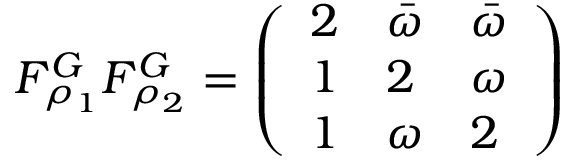
F _ { \rho _ { 1 } } ^ { G } F _ { \rho _ { 2 } } ^ { G } = \left( \begin{array} { l l l } { 2 } & { \bar { \omega } } & { \bar { \omega } } \\ { 1 } & { 2 } & { \omega } \\ { 1 } & { \omega } & { 2 } \end{array} \right)